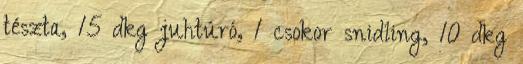
tészta, 15 dkg juhtúró, 1 csokor snidling, 10 dkg